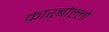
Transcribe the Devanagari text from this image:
कारबोल्लो